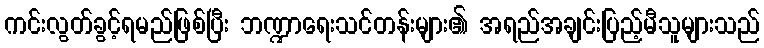
ကင်းလွတ်ခွင့်ရမည်ဖြစ်ပြီး ဘဏ္ဍာရေးသင်တန်းများ၏ အရည်အချင်းပြည့်မီသူများသည်